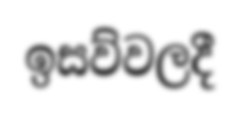
ඉසව්වලදී